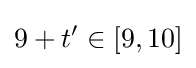
9+t'\in [9,10]